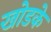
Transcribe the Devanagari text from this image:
खोडके